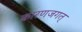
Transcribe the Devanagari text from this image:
कारणजगत्